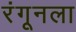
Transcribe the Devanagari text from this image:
रंगूनला